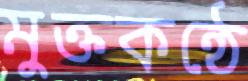
মুক্তকন্ঠে